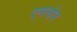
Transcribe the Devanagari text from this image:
एगनोर